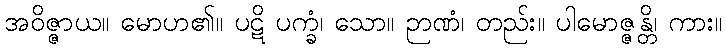
အဝိဇ္ဇာယ။ မောဟ၏။ ပဋိ ပက္ခံ၊ သော။ ဉာဏံ၊ တည်း။ ပါမောဇ္ဇန္တိ၊ ကား။